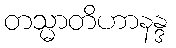
တသ္မာတိဟာနန္ဒ